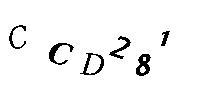
CCD281